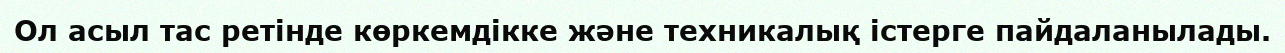
Ол асыл тас ретінде көркемдікке және техникалық істерге пайдаланылады.